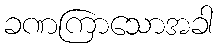
ခဏကြာသောအခါ